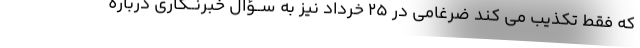
که فقط تکذیب می کند ضرغامی در ۲۵ خرداد نیز به ســؤال خبرنــگاری درباره